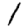
Digit: 1